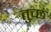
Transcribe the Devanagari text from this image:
तुच्छं